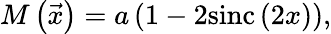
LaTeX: M\left(\vec{x}\right)=a\left(1-2\mathrm{sinc}\left(2x\right)\right),